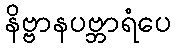
နိဗ္ဗာနပဗ္ဘာရံပေ